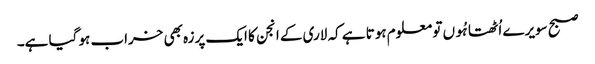
صبح سویرے اُٹھتا ہُوں تو معلوم ہوتا ہے کہ لاری کے انجن کا ایک پرزہ بھی خراب ہو گیا ہے۔